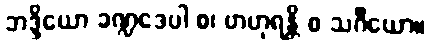
ဘဒ္ဒိယော ခဏ္ဍဒေပါ စ၊ ဗာဟုရန္တိ စ သင်္ဂိယော။